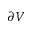
\partial V